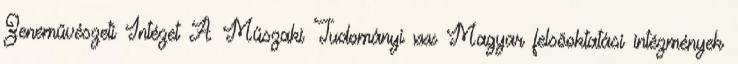
Zeneművészeti Intézet A Műszaki Tudományi xxx Magyar felsõoktatási intézmények